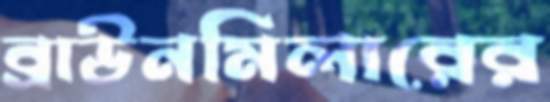
ব্রাউনমিলারের